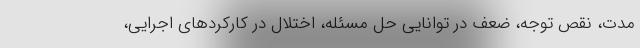
مدت، نقص توجه، ضعف در توانایی حل مسئله، اختلال در کارکرد‌های اجرایی،